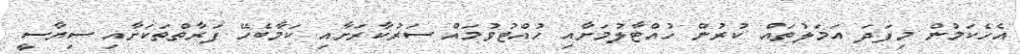
އެހެކަމުން މިފަދަ އަމަލުތައް ކުރުން ހުއްޓާލުމަށާއި ހުއްޓުވުމައް ސަރުކާރަށާއި ކަމާބެހޭ ފަރާތްތަކަށާއި ސިޔާސީ